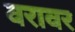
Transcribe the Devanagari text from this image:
वरावर